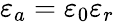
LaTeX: \varepsilon_{a}=\varepsilon_{0}\varepsilon_{r}